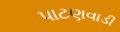
પાટણવાડી